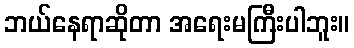
ဘယ်နေရာဆိုတာ အရေးမကြီးပါဘူး။